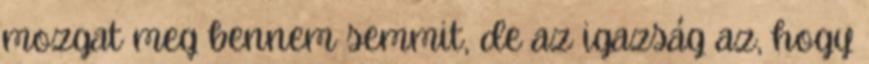
mozgat meg bennem semmit, de az igazság az, hogy